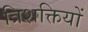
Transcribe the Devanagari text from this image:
त्रिशक्तियों